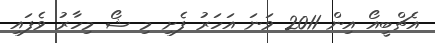
އެޗްބީއޯ އިން 2011 ވަނަ އަހަރު ފެށި މި ޝޯ މިހާރު ވެފައި